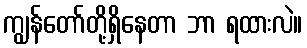
ကျွန်တော်တို့ရှိနေတာ ဘာ ရထားလဲ။